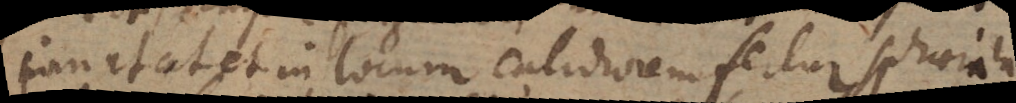
innatat et in locum calidiorem fertur, sphaerula